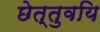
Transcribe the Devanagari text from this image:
छेत्तुवयि